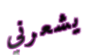
يشعرني